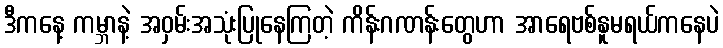
ဒီကနေ့ ကမ္ဘာနဲ့ အဝှမ်းအသုံးပြုနေကြတဲ့ ကိန်းဂဏန်းတွေဟာ အာရေဗစ်နူမရယ်ကနေပဲ